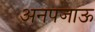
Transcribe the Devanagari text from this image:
अनपजाऊ